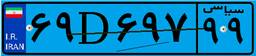
۶۹D۶۹۷۹۹